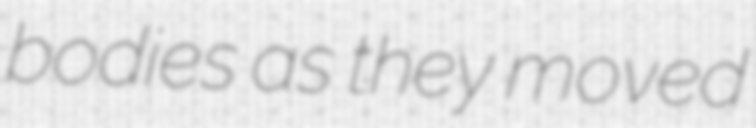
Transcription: bodies as they moved